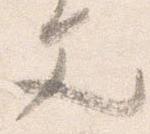
文